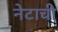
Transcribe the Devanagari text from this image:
नेटाची